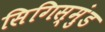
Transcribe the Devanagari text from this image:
सिगिस्मुंड